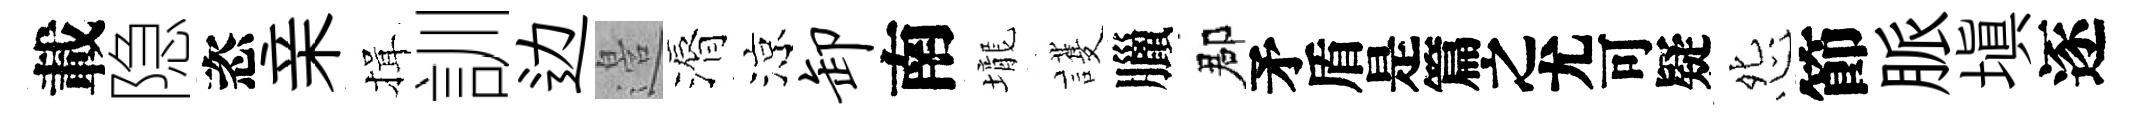
載隐恣亲揖訓边邉漘涼卸南壠護臘郡待怨節脈塡逐